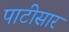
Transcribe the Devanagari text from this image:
पाटीसार